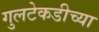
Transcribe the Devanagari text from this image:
गुलटेकडीच्या